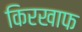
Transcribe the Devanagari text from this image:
किरखाफ